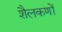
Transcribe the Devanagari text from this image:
शैलकणों